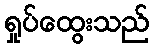
ရှုပ်ထွေးသည်